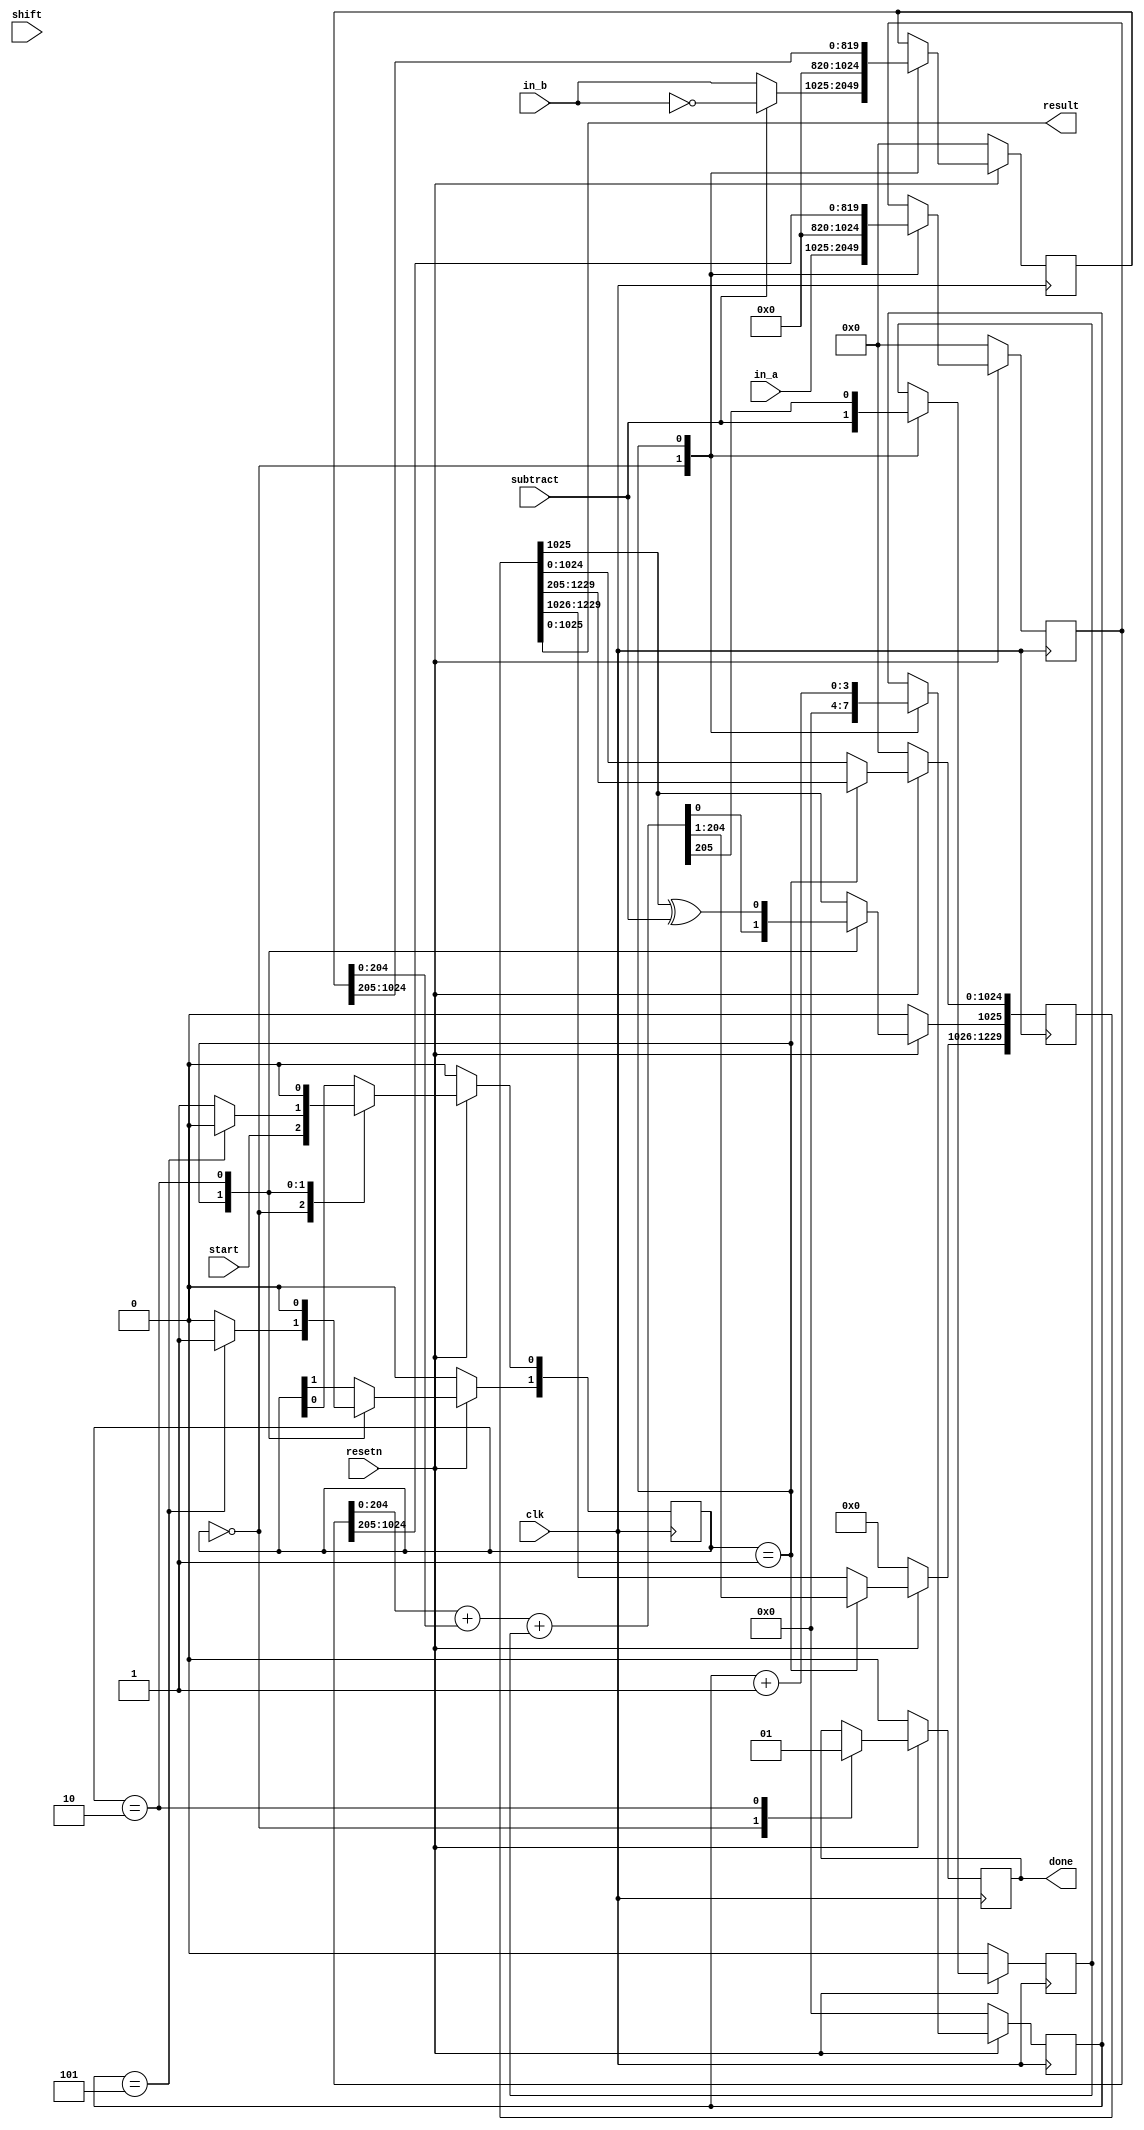
`timescale 1ns / 1ps

module adder(
    input wire clk,
    input wire resetn,
    input wire start,
    input wire subtract,
    input wire shift,
    input wire [1024:0] in_a,
    input wire [1024:0] in_b,    
    output wire [1025:0] result,
    output wire done    
    );

reg[1024:0] a, b;
reg c, d;
reg [1229:0] s;
reg [3:0]cntr;
wire [205:0] reg_result;
assign reg_result = a[204:0] + b[204:0] + c;
reg[1:0]state;

//What impact does a 1025-bit add operation have on the critical path of the design? 

//Datapath
always @(posedge clk)
    begin
    if (resetn == 0) 
        begin
            a <= 0;
            b <= 0;
            c <= 0;
            cntr <= 0;
            d <= 0;
            s<=0;
            state<=2'b00;
         end
     else
     begin
     
     case(state)
          //Idle state
          2'b00: begin
            a <= in_a;
            c<=subtract;
            cntr <= 0;
            d <= 0;
            if (subtract==1)
                 begin
                 b<=~in_b;
                 end
            else
                 begin
                 b <= in_b;
                 end
            state[0] <= start;
          end
          //calculate state
          2'b01: begin
              cntr<=cntr+1;
              s <= {reg_result[204:0], s[1229:205]};
              c<=reg_result[205];
              a <= a>>205;
              b <= b>>205; 
              if(cntr==5)
                   begin
                  state<=2'b10;
                 end
              else
                  begin
                  state<=2'b01;
                  end
              end
          //latest bit state
          2'b10: begin
            s[1025]<=s[1025] ^ subtract;
            d<=1'b1;
            state<=2'b00;
            end
          endcase
       end
     end  
       
assign result = s[1025:0];
assign done = d;
endmodule